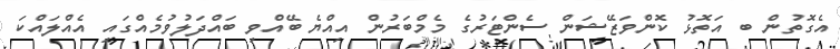
އެގޮތުން ބ އަތޮޅު ކޮންވަޒޭޝަން ސެންޓަރުގެ މެމްބަރުން އިއްޔެ ބޭއްވި ބައްދަލުވުމެއްގައި އެއްލައްކަ